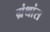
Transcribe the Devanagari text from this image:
ग्रंथांस